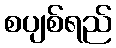
စပျစ်ရည်